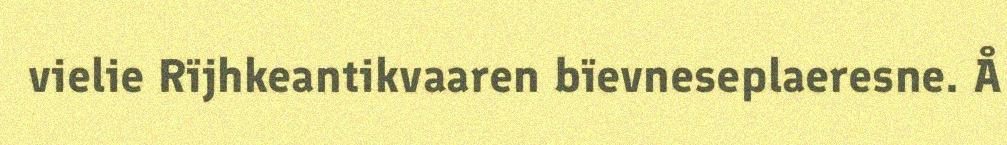
vielie Rïjhkeantikvaaren bïevneseplaeresne. Å